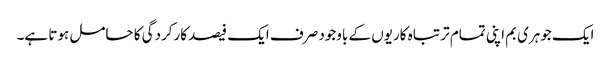
ایک جوہری بم اپنی تمام تر تباہ کاریوں کے باوجود صرف ایک فیصد کارکردگی کا حامل ہوتا ہے۔